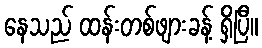
နေသည် ထန်းတစ်ဖျားခန့် ရှိပြီ။